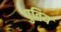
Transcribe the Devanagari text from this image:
पुतिय